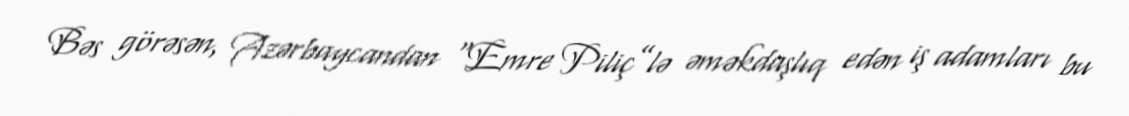
Bəs görəsən, Azərbaycandan “Emre Piliç”lə əməkdaşlıq edən iş adamları bu